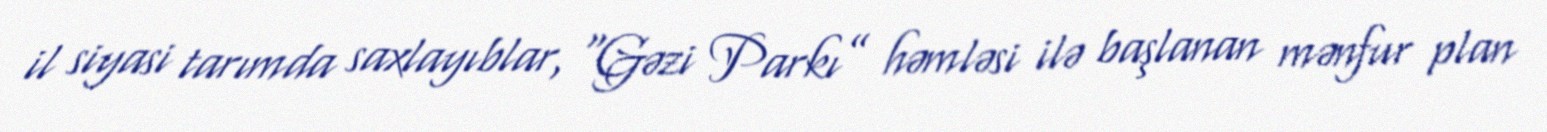
il siyasi tarımda saxlayıblar, “Gəzi Parkı” həmləsi ilə başlanan mənfur plan